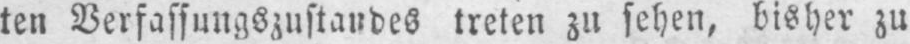
ten Verfassungszustandes treten zu sehen, bisher zu